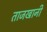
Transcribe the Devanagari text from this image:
ताजखानी